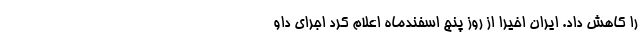
را کاهش داد. ایران اخیراً از روز پنج اسفندماه اعلام کرد اجرای داو